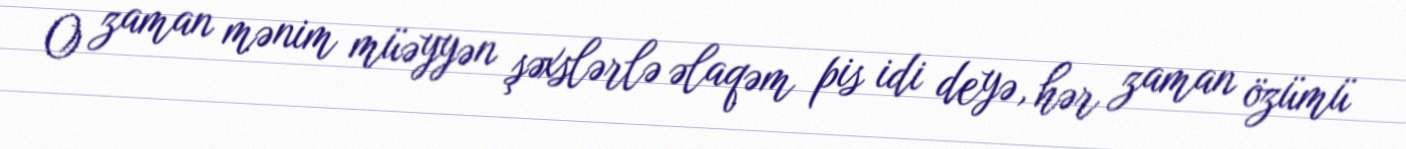
O zaman mənim müəyyən şəxslərlə əlaqəm pis idi deyə, hər zaman özümü